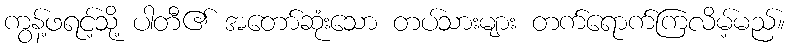
ကွန့်ဖရင့်သို့ ပါတီ၏ အတော်ဆုံးသော တပ်သားများ တက်ရောက်ကြလိမ့်မည်။